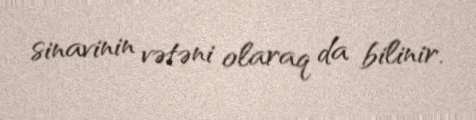
sinavinin vətəni olaraq da bilinir.